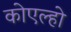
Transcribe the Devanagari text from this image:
कोएल्हो